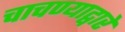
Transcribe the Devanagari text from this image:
चाचण्याद्वारे